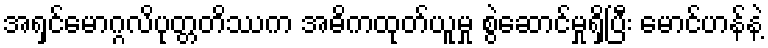
အရှင်မောဂ္ဂလိပုတ္တတိဿက အဓိကထုတ်ယူမှု စွဲဆောင်မှုရှိပြီး မောင်ဟန်နဲ့